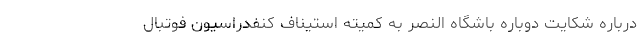
درباره شکایت دوباره باشگاه النصر به کمیته استیناف کنفدراسیون فوتبال